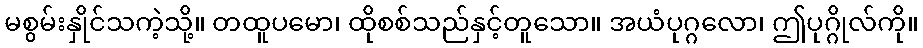
မစွမ်းနှိုင်သကဲ့သို့။ တထူပမော၊ ထိုစစ်သည်နှင့်တူသော။ အယံပုဂ္ဂလော၊ ဤပုဂ္ဂိုလ်ကို။